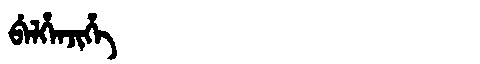
Manchu: ᠪᡝᠯᡥᡝᠨᠵᡳᡥᡝ
Romanization: BELHENJIHE